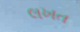
લખત